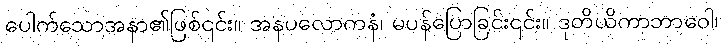
ပေါက်သောအနာ၏ဖြစ်၎င်း။ အနပလောကနံ၊ မပန်ပြောခြင်း၎င်း။ ဒုတိယိကာဘာဝေါ၊